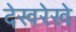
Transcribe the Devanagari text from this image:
देखरेखे